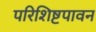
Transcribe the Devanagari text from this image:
परिशिष्टपावन